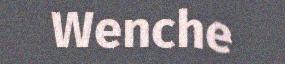
Wenche